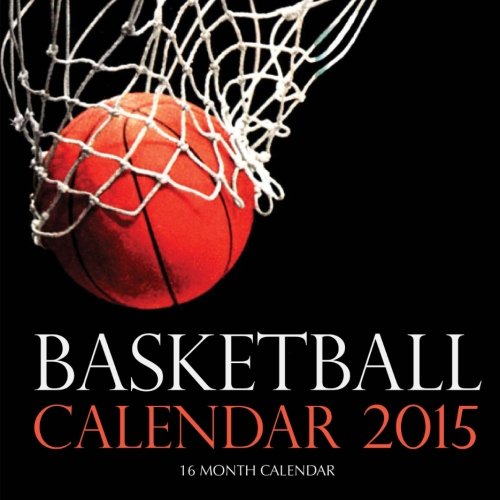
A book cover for Basketball Calendar 2015: 16 Month Calendar; Sam Hub; Calendars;